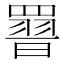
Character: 𮊕